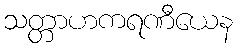
သတ္တာဟကရဏီယေန